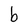
Character: b